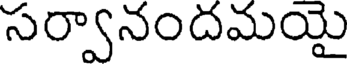
సర్వానందమయై